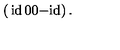
\left( \begin{matrix} { \mathrm { i d } } & { 0 } \\ { 0 } & { \mathrm { - i d } } \\ \end{matrix} \right) .